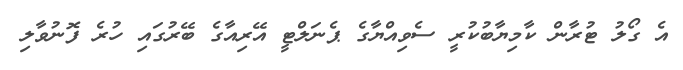
އެ ގޯލު ޓުރާން ކާމިޔާބުކުރީ ސެވިއްޔާގެ ޕެނަލްޓީ އޭރިއާގެ ބޭރުގައި ހުރެ ފޮނުވާލި